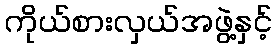
ကိုယ်စားလှယ်အဖွဲ့နှင့်